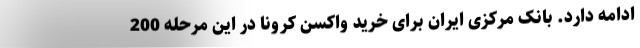
ادامه دارد. بانک مرکزی ایران برای خرید واکسن کرونا در این مرحله 200